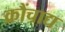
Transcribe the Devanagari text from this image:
क्रौंचाद्य